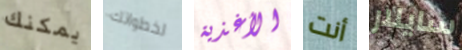
يمكنك لخطواتك الأغذية أنت سايلار